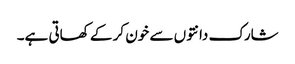
شارک دانتوں سے خون کر کے کھاتی ہے۔